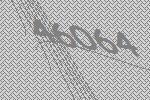
46064